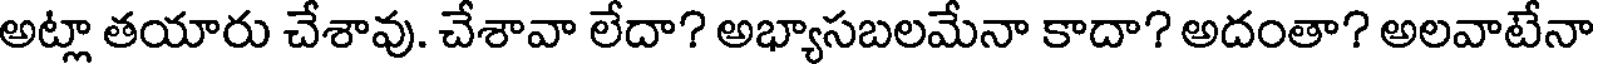
అట్లా తయారు చేశావు. చేశావా లేదా? అభ్యాసబలమేనా కాదా? అదంతా? అలవాటేనా